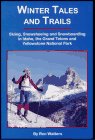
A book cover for Winter Tales and Trails: Skiing, Snowshoeing and Snowboarding in Idaho, the Grand Tetons and Yellowstone National Park; Ron Watters; Sports & Outdoors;